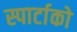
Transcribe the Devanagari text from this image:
स्पार्टाको